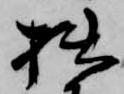
拙